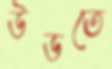
উডতে